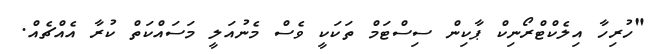
"ހުރިހާ އިލެކްޓްރޯނިކް ޕާކިން ސިސްޓަމް ތަކަކީ ވެސް މެނުއަލީ މަސައްކަތް ކުރާ އެއްޗެއް.